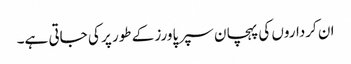
ان کرداروں کی پہچان سپر پاورز کے طور پر کی جاتی ہے۔